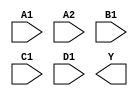
/**
 * Copyright 2020 The SkyWater PDK Authors
 *
 * Licensed under the Apache License, Version 2.0 (the "License");
 * you may not use this file except in compliance with the License.
 * You may obtain a copy of the License at
 *
 *     https://www.apache.org/licenses/LICENSE-2.0
 *
 * Unless required by applicable law or agreed to in writing, software
 * distributed under the License is distributed on an "AS IS" BASIS,
 * WITHOUT WARRANTIES OR CONDITIONS OF ANY KIND, either express or implied.
 * See the License for the specific language governing permissions and
 * limitations under the License.
 *
 * SPDX-License-Identifier: Apache-2.0
 */

`ifndef SKY130_FD_SC_HD__O2111AI_SYMBOL_V
`define SKY130_FD_SC_HD__O2111AI_SYMBOL_V

/**
 * o2111ai: 2-input OR into first input of 4-input NAND.
 *
 *          Y = !((A1 | A2) & B1 & C1 & D1)
 *
 * Verilog stub (without power pins) for graphical symbol definition
 * generation.
 *
 * WARNING: This file is autogenerated, do not modify directly!
 */

`timescale 1ns / 1ps
`default_nettype none

(* blackbox *)
module sky130_fd_sc_hd__o2111ai (
    //# {{data|Data Signals}}
    input  A1,
    input  A2,
    input  B1,
    input  C1,
    input  D1,
    output Y
);

    // Voltage supply signals
    supply1 VPWR;
    supply0 VGND;
    supply1 VPB ;
    supply0 VNB ;

endmodule

`default_nettype wire
`endif  // SKY130_FD_SC_HD__O2111AI_SYMBOL_V